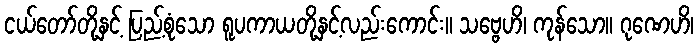
ငယ်တော်တို့နှင့် ပြည့်စုံသော ရူပကာယတို့နှင့်လည်းကောင်း။ သဗ္ဗေဟိ၊ ကုန်သော။ ဂုဏေဟိ၊